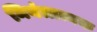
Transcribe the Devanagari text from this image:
नियंत्रात्मक